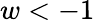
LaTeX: w<-1